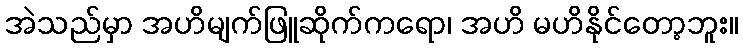
အဲသည်မှာ အဟိမျက်ဖြူဆိုက်ကရော၊ အဟိ မဟိနိုင်တော့ဘူး။